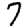
Digit: 7